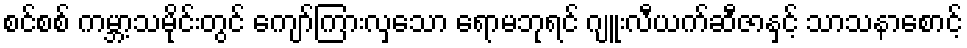
စင်စစ် ကမ္ဘာ့သမိုင်းတွင် ကျော်ကြားလှသော ရောမဘုရင် ဂျူးလီယက်ဆီဇာနှင့် သာသနာစောင့်